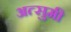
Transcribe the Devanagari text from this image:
अत्सुमी